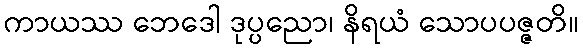
ကာယဿ ဘေဒေါ ဒုပ္ပညော၊ နိရယံ သောပပဇ္ဇတိ။